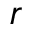
r